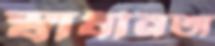
স্বাধীনতা